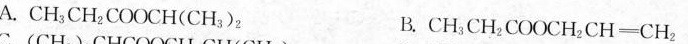
A.CH_{3}CH_{2}COOCH(CH_{3})_{2} B.CH_{3}CH_{2}COOCH_{2}CH=CH_{2}